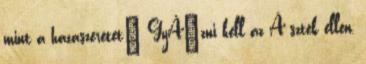
mint a hazaszeretet" GyÅ‘zni kell az Ã sztek ellen,